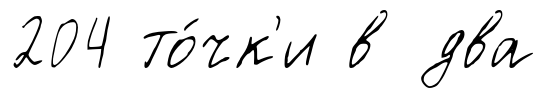
204 то́чк'и в два